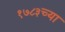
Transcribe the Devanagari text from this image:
१७८३च्या